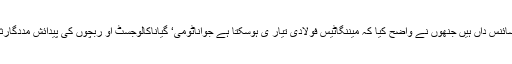
وہ پہلے سائنس داں ہیں جنھوں نے واضح کیا کہ میننگاٹیس فولادی تیار ی ہوسکتا ہے جواناٹومی‘ گیاناکالوجسٹ او ربچوں کی پیدائش مددگارثابت ہوگا۔